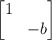
\begin{align*} \begin{bmatrix}1\\ & -b\end{bmatrix}\end{align*}